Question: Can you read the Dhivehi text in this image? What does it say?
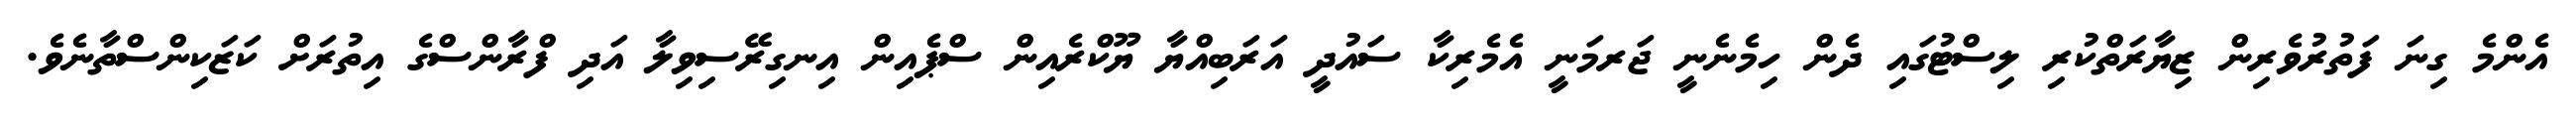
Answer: އެންމެ ގިނަ ފަތުރުވެރިން ޒިޔާރަތްކުރި ލިސްޓުގައި ދެން ހިމެނެނީ ޖަރމަނީ އެމެރިކާ ސައުދީ އަރަބިއްޔާ ޔޫކްރެއިން ސްޕެއިން އިނގިރޭސިވިލާ އަދި ފްރާންސްގެ އިތުރަށް ކަޒަކިންސްތާނެވެ.